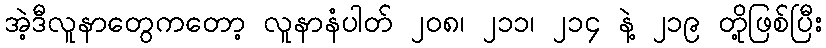
အဲ့ဒီလူနာတွေကတော့ လူနာနံပါတ် ၂၀၈၊ ၂၁၁၊ ၂၁၄ နဲ့ ၂၁၉ တို့ဖြစ်ပြီး